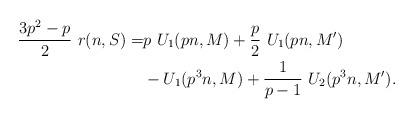
LaTeX: \begin{align*} \aligned \frac{3p^2 - p}2 ~r(n,S) = & p~ U_1(pn,M)+ \frac p 2 ~U_1 (pn, M') \\ & -U_1 (p^3 n,M) + \frac 1 {p-1}~ U_2 (p^3 n, M').\endaligned\end{align*}